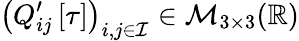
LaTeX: \left(Q_{ij}^{\prime}\left[\tau\right]\right)_{i,j\in\mathcal{I}}\in\mathcal{M}_{3\times 3}(\mathbb{R})